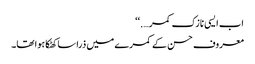
اب ایسی نازک کمر….‘‘
معروف حسن کے کمرے میں ذرا سا کھٹکا ہوا تھا۔